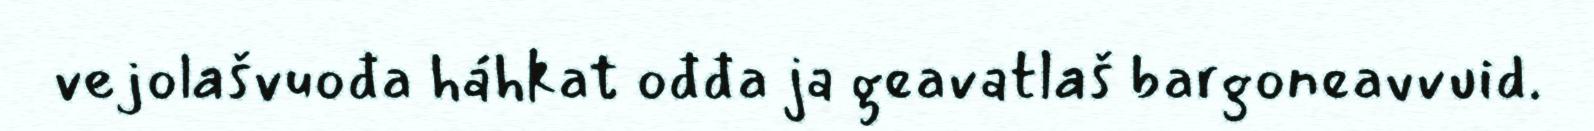
vejolašvuođa háhkat ođđa ja geavatlaš bargoneavvuid.